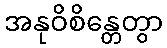
အနုဝိစိန္တေတွာ